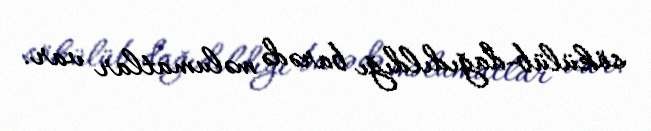
sökülüb-dağıdıldığı barədə məlumatlar var.